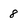
Character: 8